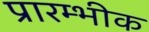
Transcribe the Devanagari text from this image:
प्रारम्भीक